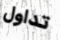
تداول